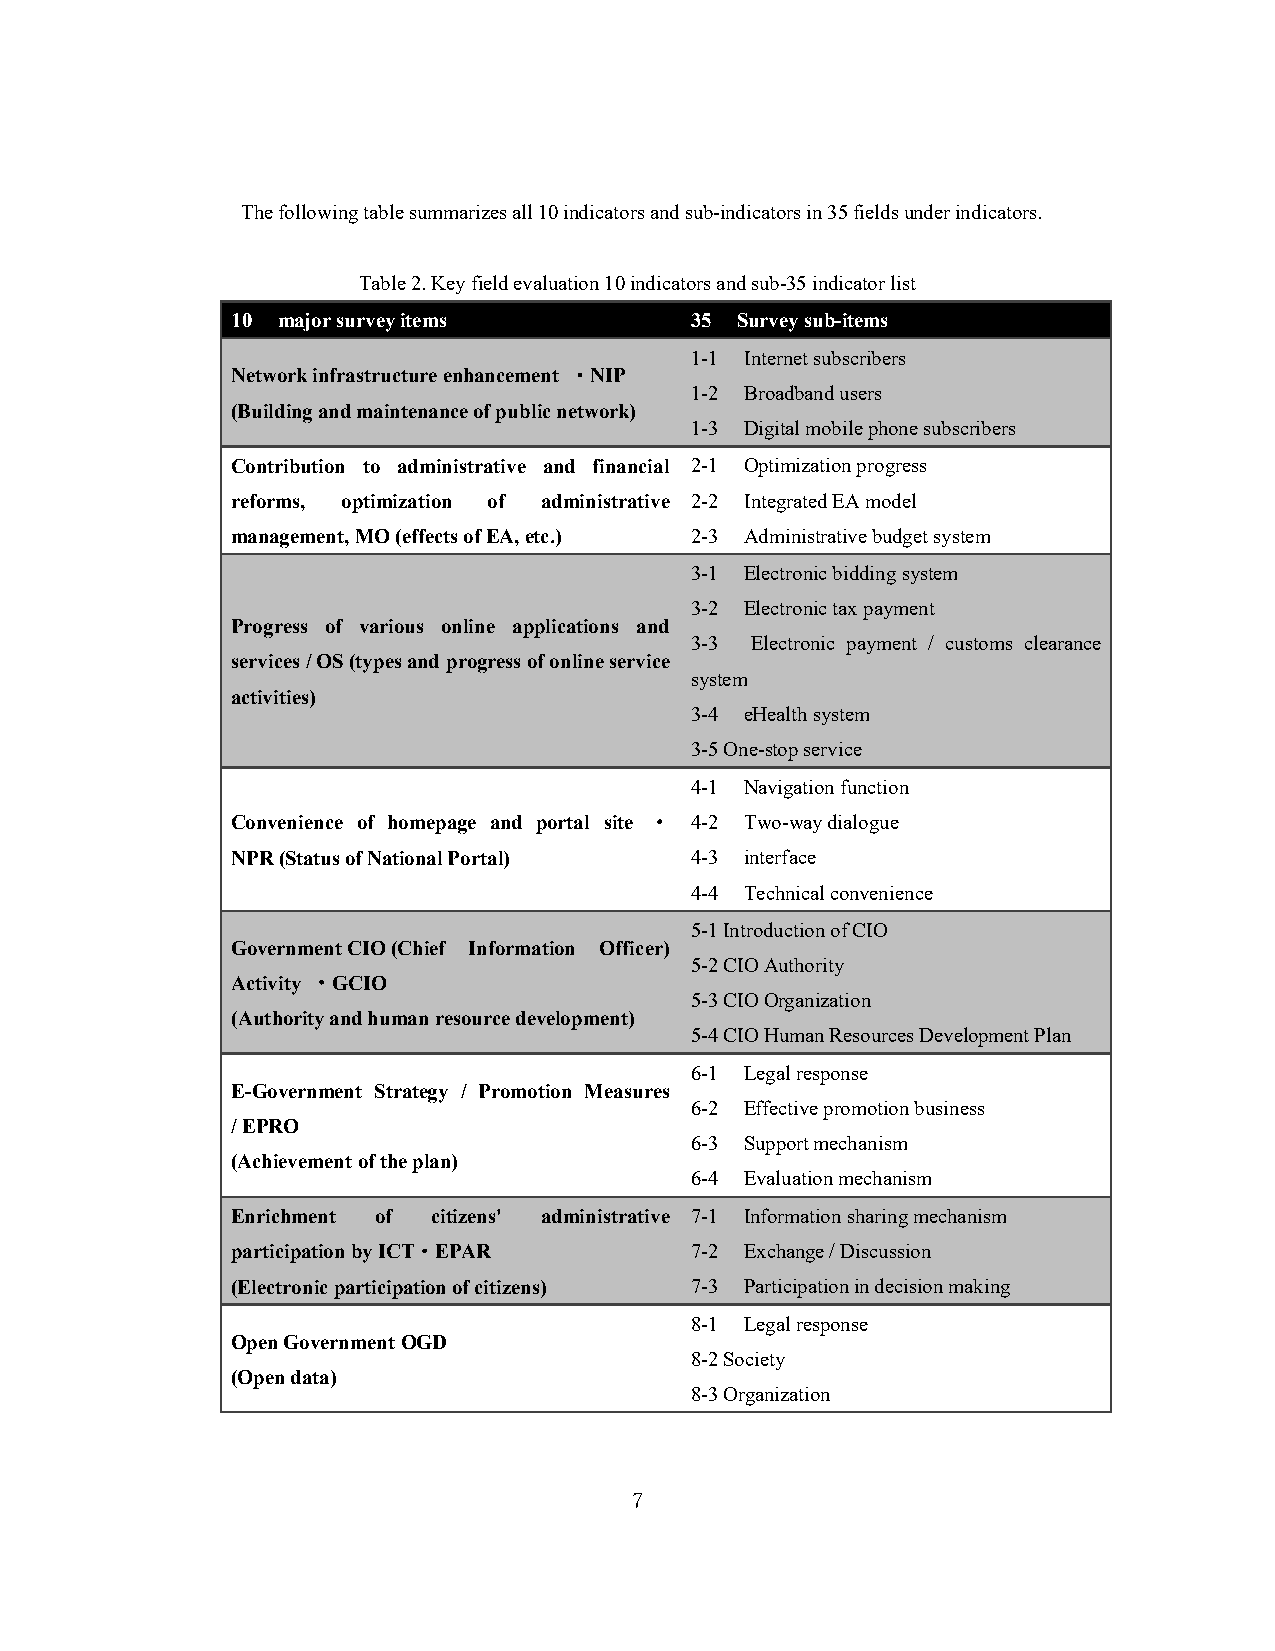
The following table summarizes all 10 indicators and sub-indicators in 35 fields under indicators.
 Table 2. Key field evaluation 10 indicators and sub-35 indicator list
 10 major survey items          35 Survey sub-items
 1-1 Internet subscribers
 Network infrastructure enhancement ・NIP
 1-2 Broadband users
 (Building and maintenance of public network)
 1-3 Digital mobile phone subscribers
 Contribution to administrative and financial 2-1 Optimization progress
 reforms, optimization of administrative 2-2 Integrated EA model
 management, MO (effects of EA, etc.) 2-3 Administrative budget system
 3-1 Electronic bidding system
 3-2 Electronic tax payment
 Progress of various online applications and
 3-3 Electronic payment / customs clearance
 services / OS (types and progress of online service
 system
 activities)
 3-4 eHealth system
 3-5 One-stop service
 4-1 Navigation function
 Convenience of homepage and portal site ・ 4-2 Two-way dialogue
 NPR (Status of National Portal) 4-3 interface
 4-4 Technical convenience
 5-1 Introduction of CIO
 Government CIO (Chief Information Officer)
 5-2 CIO Authority
 Activity ・GCIO
 5-3 CIO Organization
 (Authority and human resource development)
 5-4 CIO Human Resources Development Plan
 6-1 Legal response
 E-Government Strategy / Promotion Measures
 6-2 Effective promotion business
 / EPRO
 6-3 Support mechanism
 (Achievement of the plan)
 6-4 Evaluation mechanism
 Enrichment of citizens' administrative 7-1 Information sharing mechanism
 participation by ICT・EPAR      7-2 Exchange / Discussion
 (Electronic participation of citizens) 7-3 Participation in decision making
 8-1 Legal response
 Open Government OGD
 8-2 Society
 (Open data)
 8-3 Organization
 7